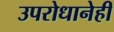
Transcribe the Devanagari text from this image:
उपरोधानेही